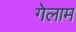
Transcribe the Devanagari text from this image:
गेलाम